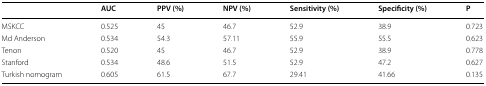
<table><thead><tr><td></td><td><b>AUC</b></td><td><b>PPV (%)</b></td><td><b>NPV (%)</b></td><td><b>Sensitivity (%)</b></td><td><b>Specificity (%)</b></td><td><b>P</b></td></tr></thead><tbody><tr><td>MSKCC</td><td>0.525</td><td>45</td><td>46.7</td><td>52.9</td><td>38.9</td><td>0.723</td></tr><tr><td>Md Anderson</td><td>0.534</td><td>54.3</td><td>57.11</td><td>55.9</td><td>55.5</td><td>0.623</td></tr><tr><td>Tenon</td><td>0.520</td><td>45</td><td>46.7</td><td>52.9</td><td>38.9</td><td>0.778</td></tr><tr><td>Stanford</td><td>0.534</td><td>48.6</td><td>51.5</td><td>52.9</td><td>47.2</td><td>0.627</td></tr><tr><td>Turkish nomogram</td><td>0.605</td><td>61.5</td><td>67.7</td><td>29.41</td><td>41.66</td><td>0.135</td></tr></tbody></table>